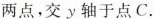
两点，交ν轴于点C.